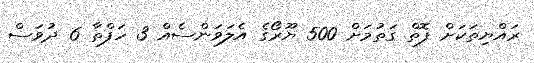
ރައްޔިތަކަށް ފޮތް ގަތުމަށް 500 ޔޫރޯގެ އެލަވަންސެއް 3 ހަފްތާ 6 ދުވަސް